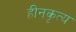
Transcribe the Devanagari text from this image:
हीनकृत्य